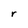
Character: r